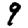
Digit: 9